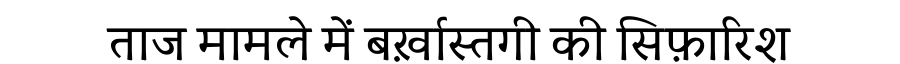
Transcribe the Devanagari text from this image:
ताज मामले में बर्ख़ास्तगी की सिफ़ारिश